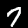
Digit: 7